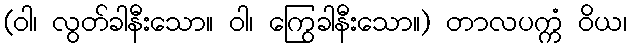
(ဝါ၊ လွတ်ခါနီးသော။ ဝါ၊ ကြွေခါနီးသော။) တာလပက္ကံ ဝိယ၊